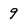
Character: 9